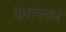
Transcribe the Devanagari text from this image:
देगांवकर